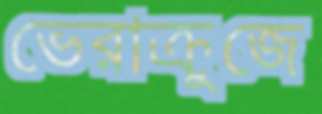
ভেরাক্রুজে